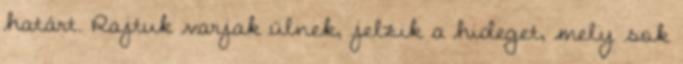
határt. Rajtuk varjak ülnek, jelzik a hideget, mely sok